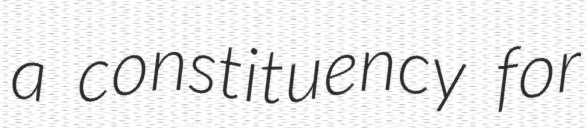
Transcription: a constituency for